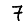
Digit: 7